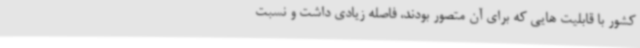
کشور با قابلیت هایی که برای آن متصور بودند، فاصله زیادی داشت و نسبت